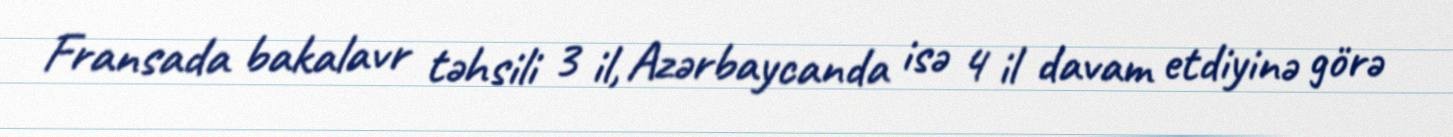
Fransada bakalavr təhsili 3 il, Azərbaycanda isə 4 il davam etdiyinə görə